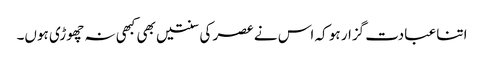
اتنا عبادت گزار ہو کہ اس نے عصر کی سنتیں بھی کبھی نہ چھوڑی ہوں۔